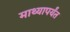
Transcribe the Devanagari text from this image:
माथ्यापर्यंत